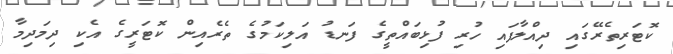
ކޮޓަރިތެރޭގައި ދިއްލާފައި ހުރި ފުޅިބައްތީގެ ފަނޑު އަލިކަމުގެ ތެރެއިން ކޮޓަރީގެ އެކި ދިމަދިމާ